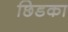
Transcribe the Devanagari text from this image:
छिडका